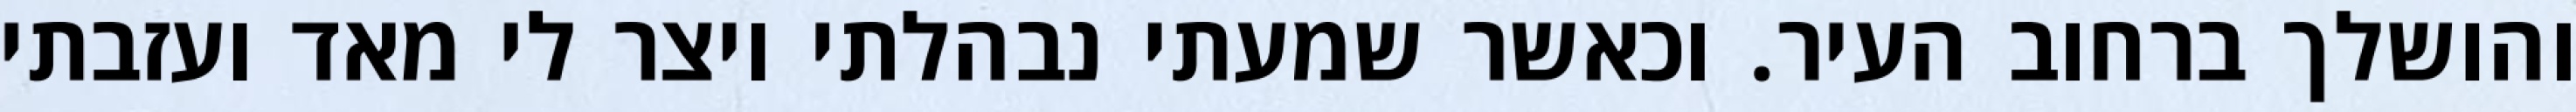
והושלך ברחוב העיר. וכאשר שמעתי נבהלתי ויצר לי מאד ועזבתי